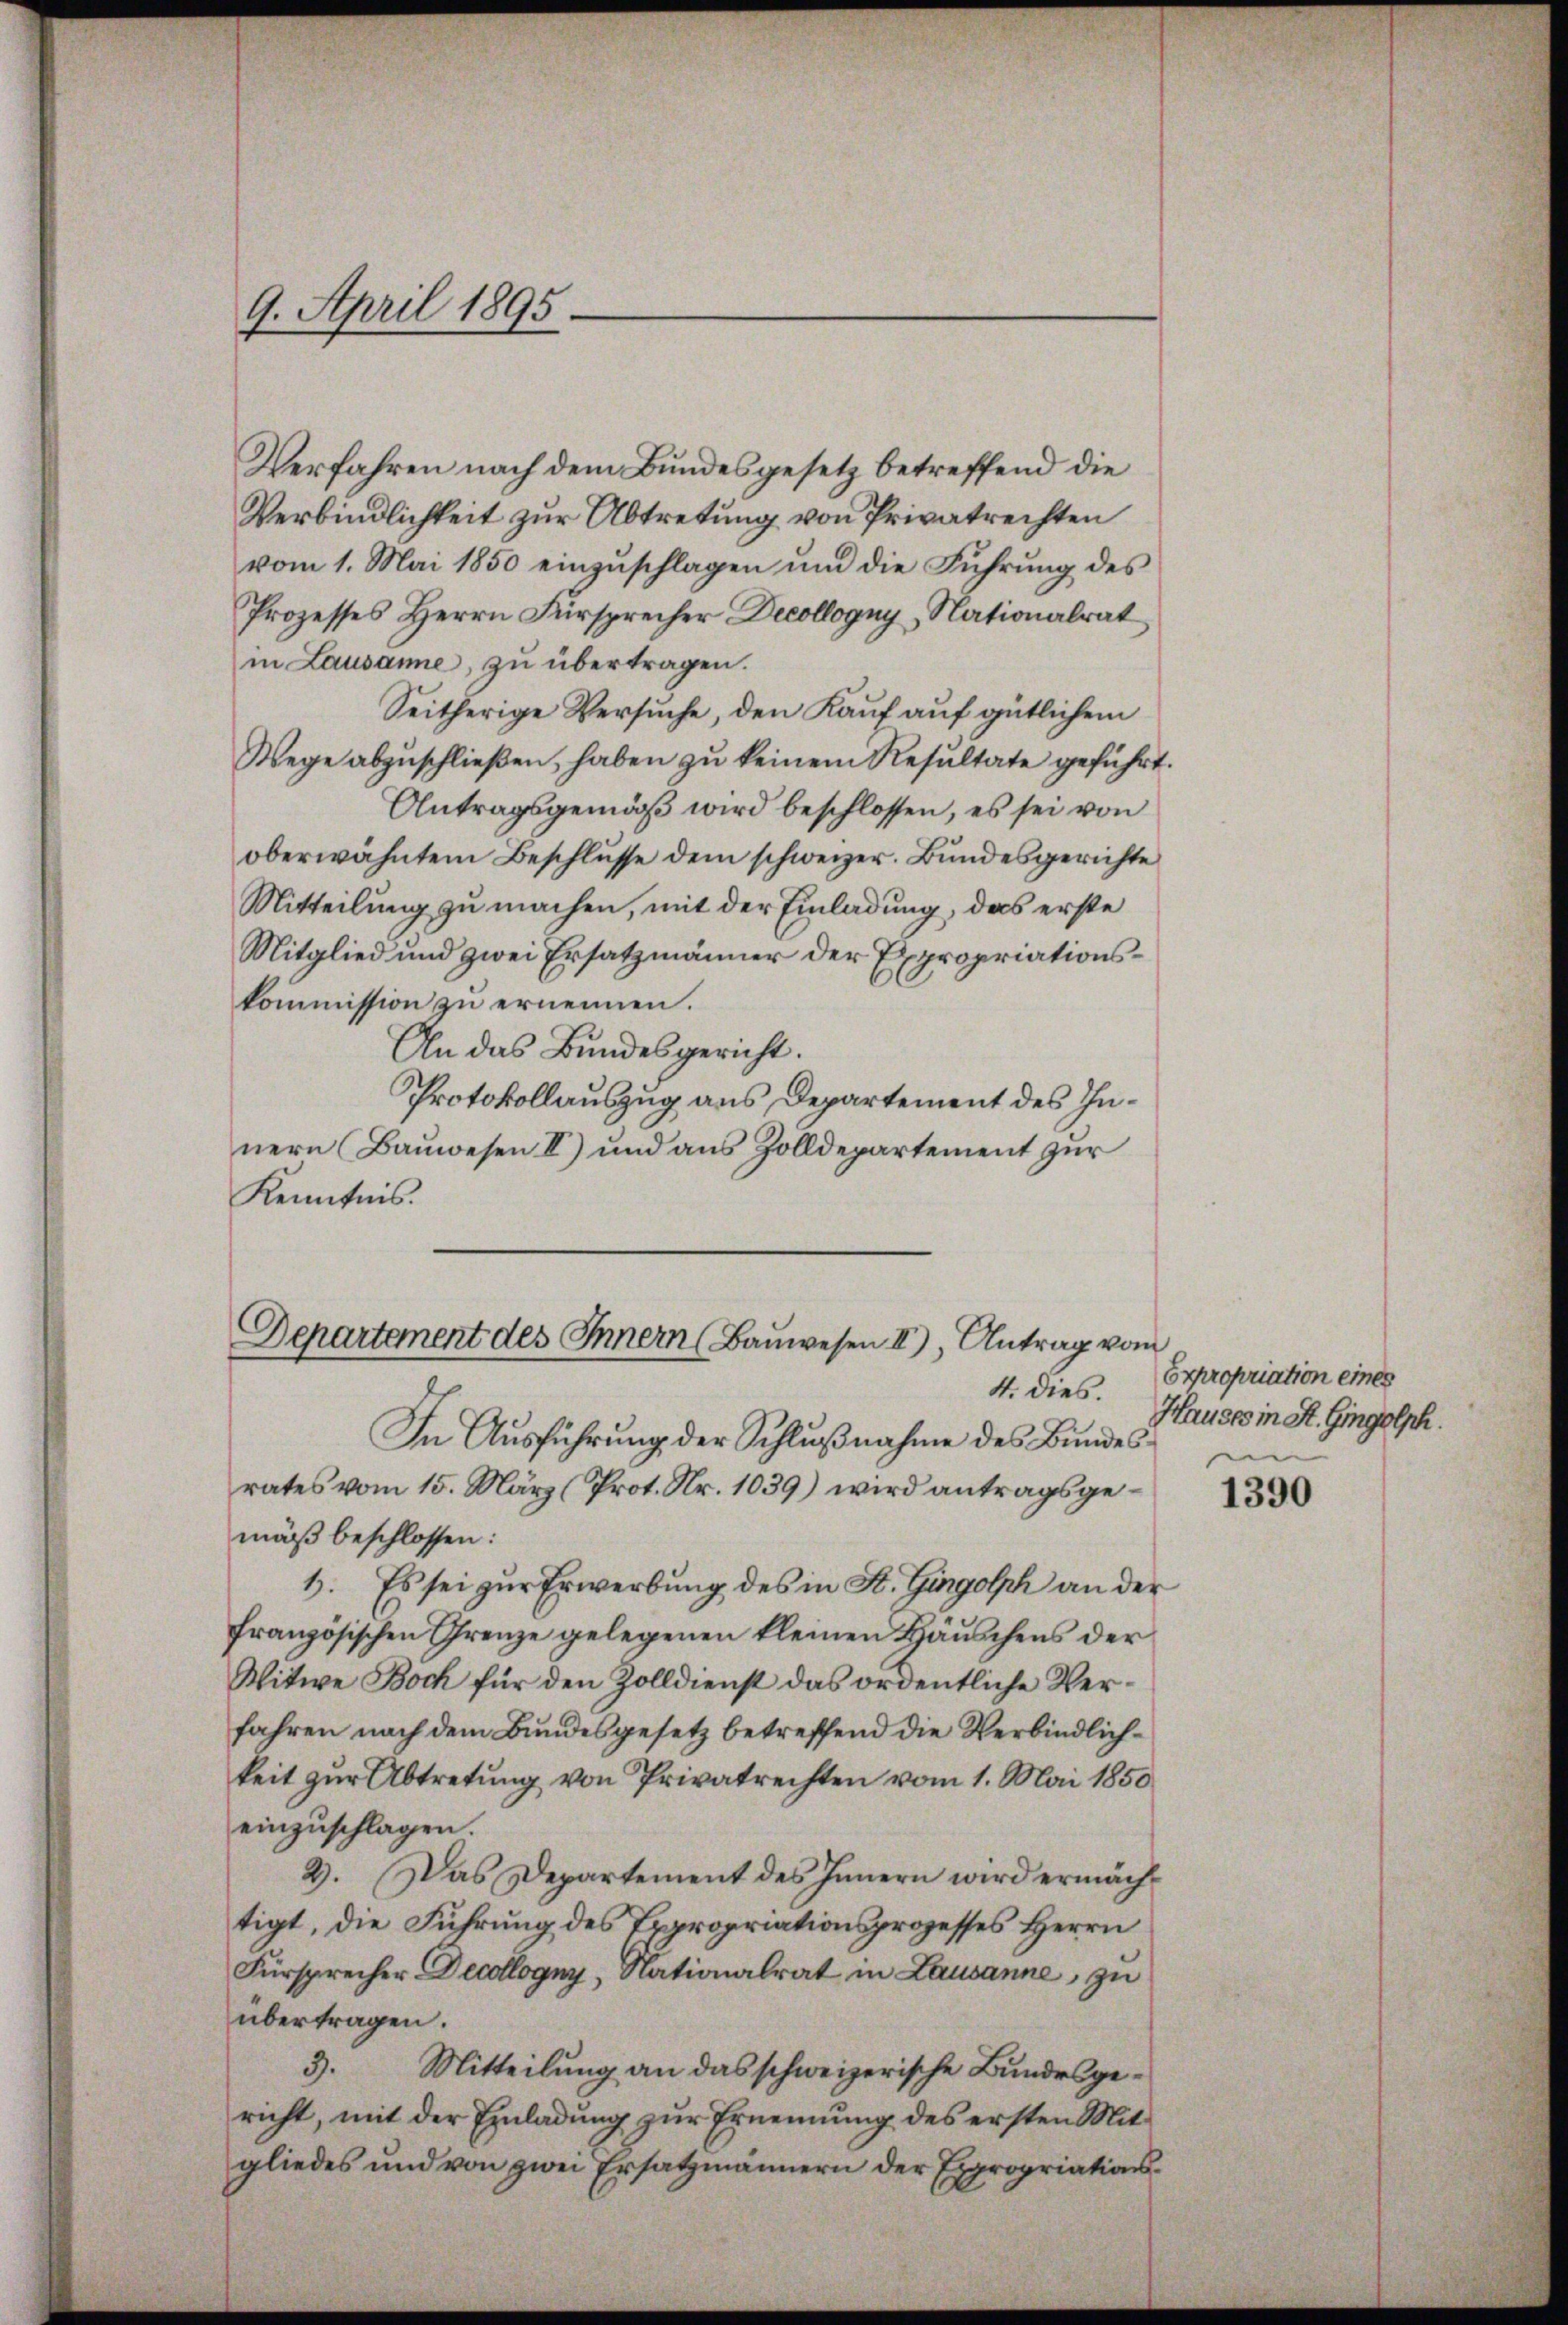
Verfahren nach dem Bundesgesetz betreffend die
Verbindlichkeit zur Abtretung von Privatrechten
vom 1. Mai 1850 einzuschlagen und die Führung des
Prozesses Herrn Fürsprecher Decollogny Nationalrat
in Lausanne, zu übertragen.
Seitherige Versuche, den Kauf auf gütlichem
Wege abzuschließen, haben zu keinem Resultate geführt.
Antragsgemäß wird beschlossen, es sei von
oberwähntem Beschlŭsse dem schweizer. Bundesgerichte
Mitteilung zu machen, mit der Einladung, das erste
Mitglied und zwei Ersatzmänner der Expropriationskommission zu ernennen.
An das Bundesgericht.
Protokollauszug aus Departement des Innern (Bauwesen II) und aus Zolldepartement zur
Kenntnis.

9. April 1895.

Departement des Innern (Bauwesen II), Antrag vom
4. dies.

In Ausführung der Schlußnahme des Bundesrates vom 15. März (Prot. Nr. 1039) wird antragsgemäß beschlossen:
1. Es sei zur Erwerbung des in St. Gingolph an der
französischen Grenze gelegenen kleinen Häuschens der
Witwe Boch für den Zolldienst das ordentliche Verfahren nach dem Bundesgesetz betreffend die Verbindlichkeit zur Abtretung von Privatrechten vom 1. Mai 1850
einzuschlagen.
2. Das Departement des Innern wird ermächtigt, die Führung des Expropriationsprozesses Herrn
Fürsprecher Decollogny, Nationalrat in Lausanne, zu
übertragen.
3. Mitteilung an das schweizerische Bundesgericht, mit der Einladung zur Ernennung des ersten Mitgliedes und von zwei Ersatzmännern der Expropriations¬

Expropriation eines
Hauses in St. Gingolph.

1390